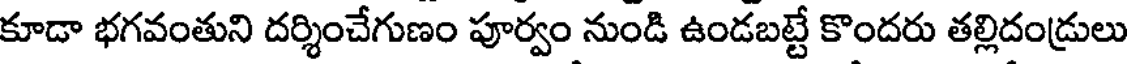
కూడా భగవంతుని దర్శించేగుణం పూర్వం నుండి ఉండబట్టే కొందరు తల్లిదండ్రులు